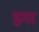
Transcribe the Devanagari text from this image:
इगर